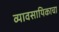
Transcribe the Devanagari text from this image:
व्यावसायिकाचा